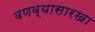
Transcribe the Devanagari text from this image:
वणव्यासारखा